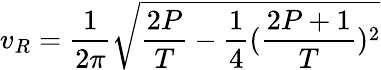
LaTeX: v_{R}=\frac{1}{2\pi}\sqrt{\frac{2P}{T}-\frac{1}{4}(\frac{2P+1}{T})^{2}}